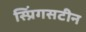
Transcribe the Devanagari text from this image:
स्प्रिंगसटीन